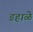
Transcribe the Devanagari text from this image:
डहाळे